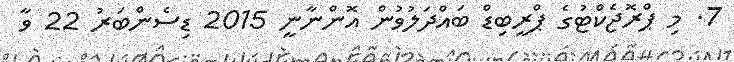
7. މި ޕްރޮޖެކްޓުގެ ޕްރީބިޑް ބައްދަލުވުން އޮންނާނީ 2015 ޑިސެންބަރު 22 ވާ